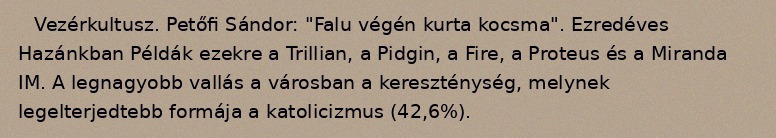
Vezérkultusz. Petőfi Sándor: "Falu végén kurta kocsma". Ezredéves Hazánkban Példák ezekre a Trillian, a Pidgin, a Fire, a Proteus és a Miranda IM. A legnagyobb vallás a városban a kereszténység, melynek legelterjedtebb formája a katolicizmus (42,6%).